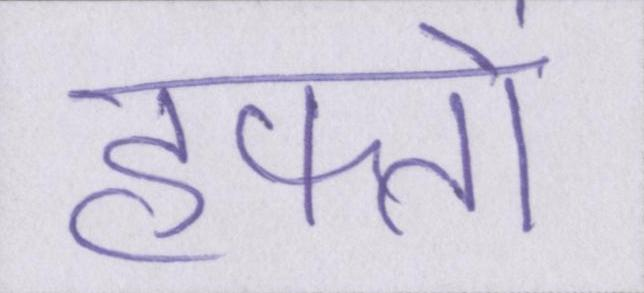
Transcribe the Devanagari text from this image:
हफ्तों